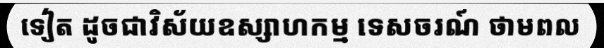
ទៀត ដូចជាវិស័យឧស្សាហកម្ម ទេសចរណ៍ ថាមពល